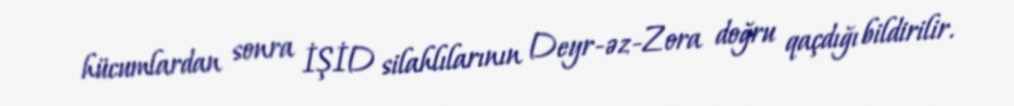
hücumlardan sonra İŞİD silahlılarının Deyr-əz-Zora doğru qaçdığı bildirilir.